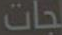
جات